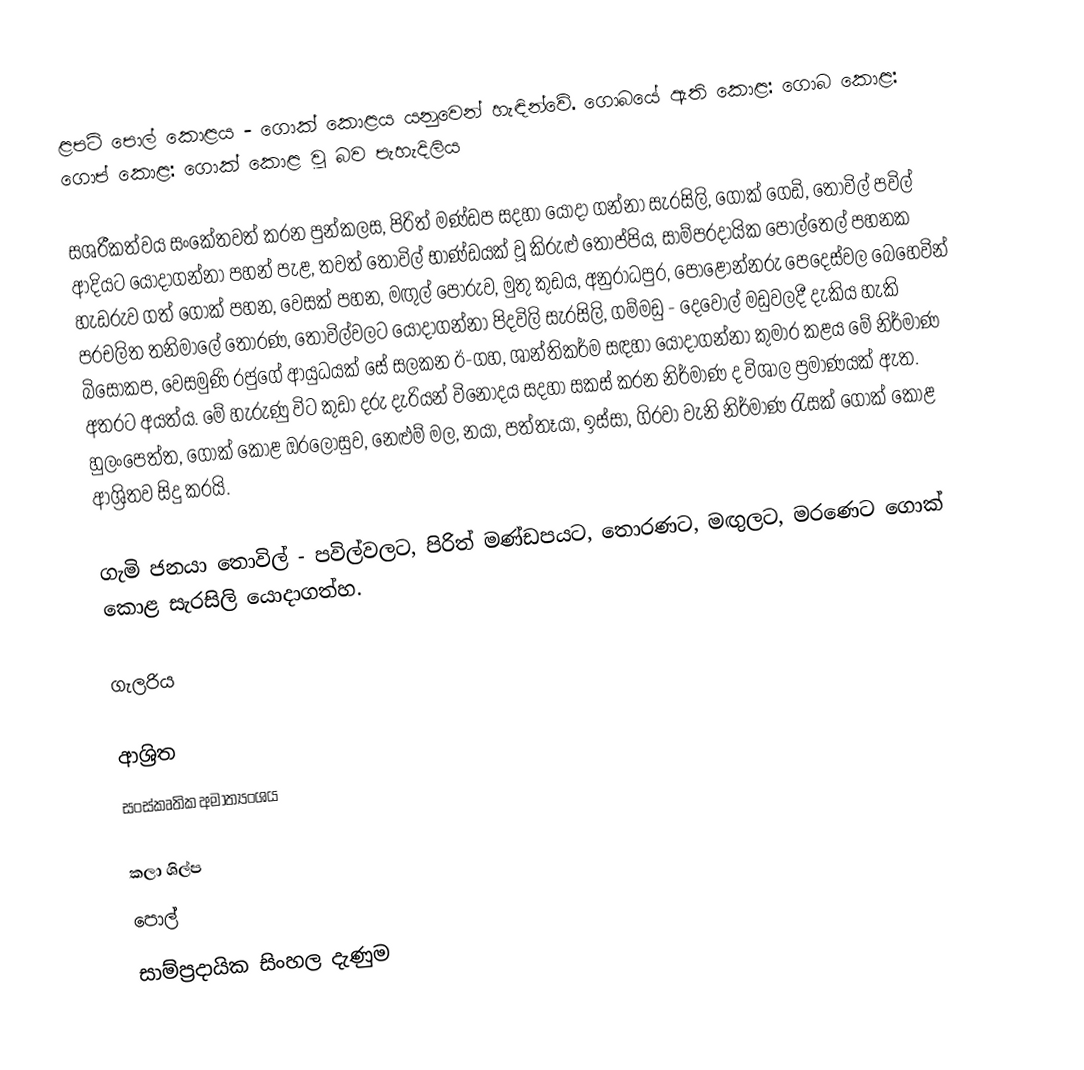
ළපටි පොල් කොළය - ගොක් කොළය යනුවෙන් හැඳින්වේ. ගොබයේ ඇති කොළ: ගොබ කොළ: ගොප් කොළ: ගොක් කොළ වූ බව පැහැදිලිය

සශ‍්‍රීකත්වය සංකේතවත් කරන පුන්කලස, පිරිත් මණ්ඩප සදහා යොදා ගන්නා සැරසිලි, ගොක් ගෙඩි, තොවිල් පවිල් ආදියට යොදාගන්නා පහන් පැළ, තවත් තොවිල් භාණ්ඩයක් වූ කිරුළු තොප්පිය, සාම්ප‍්‍රදායික පොල්තෙල් පහනක හැඩරුව ගත් ගොක් පහන, වෙසක් පහන, මඟුල් පෝරුව, මුතු කුඩය, අනුරාධපුර, පොළොන්නරු පෙදෙස්වල බෙහෙවින් ප‍්‍රචලිත තනිමාලේ තොරණ, තොවිල්වලට යොදාගන්නා පිදවිලි සැරසිලි, ගම්මඩු - දෙවොල් මඩුවලදී දැකිය හැකි බිසෝකප, වෙසමුණි රජුගේ ආයුධයක් සේ සලකන ඊ-ගහ, ශාන්තිකර්ම සඳහා යොදාගන්නා කුමාර කළය මේ නිර්මාණ අතරට අයත්ය. මේ හැරුණු විට කුඩා දරු දැරියන් විනෝදය සදහා සකස් කරන නිර්මාණ ද විශාල ප්‍රමාණයක් ඇත. හුලංපෙත්ත, ගොක් කොළ ඔරලෝසුව, නෙළුම් මල, නයා, පත්තෑයා, ඉස්සා, ගිරවා වැනි නිර්මාණ රැසක් ගොක් කොළ ආශ්‍රිතව සිදු කරයි.

ගැමි ජනයා තොවිල් - පවිල්වලට, පිරිත් මණ්ඩපයට, තොරණට, මඟුලට, මරණෙට ගොක් කොළ සැරසිලි යොදාගත්හ.

ගැලරිය

ආශ්‍රිත
සංස්කෘතික අමාත්‍යංශය

කලා ශිල්ප
පොල්
සාම්ප්‍රදායික සිංහල දැණුම